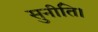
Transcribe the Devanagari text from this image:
सुनीति।